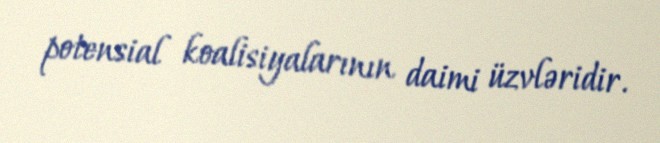
potensial koalisiyalarının daimi üzvləridir.